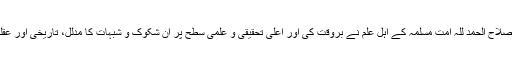
اس غلط فکر کی اصلاح الحمد للہ امت مسلمہ کے اہل علم نے بروقت کی اور اعلیٰ تحقیقی و علمی سطح پر ان شکوک و شبہات کا مدلل، تاریخی اور عقلی جواب فراہم کیا۔